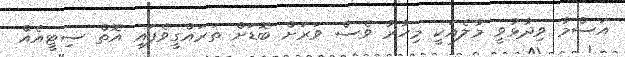
އަސްމާ ވިދާޅުވީ މާލެއަކީ މިހާރު ވެސް ވަރަށް ބޮޑަށް ތަރައްގީވެފައި އޮތް ސިޓީއެއް